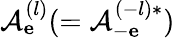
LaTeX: \mathcal{A}_{\mathbf e}^{(l)}(=\mathcal{A}_{-\mathbf e}^{(-l)*})